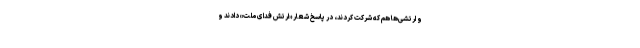
و ارتشی‌ها هم که شرکت کردند، در پاسخ شعار «ارتش فدای ملت» دادند و